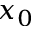
x _ { 0 }